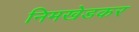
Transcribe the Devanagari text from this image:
निमखेडकर